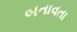
બતાવતા